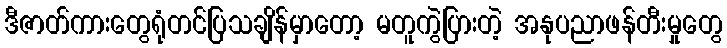
ဒီဇာတ်ကားတွေရုံတင်ပြသချိန်မှာတော့ မတူကွဲပြားတဲ့ အနုပညာဖန်တီးမှုတွေ